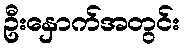
ဦးနှောက်အတွင်း